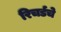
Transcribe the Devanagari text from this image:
रिचर्डचे